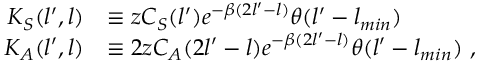
\begin{array} { r l } { K _ { S } ( l ^ { \prime } , l ) } & { \equiv z C _ { S } ( l ^ { \prime } ) e ^ { - \beta ( 2 l ^ { \prime } - l ) } \theta ( l ^ { \prime } - l _ { m i n } ) } \\ { K _ { A } ( l ^ { \prime } , l ) } & { \equiv 2 z C _ { A } ( 2 l ^ { \prime } - l ) e ^ { - \beta ( 2 l ^ { \prime } - l ) } \theta ( l ^ { \prime } - l _ { m i n } ) \ , } \end{array}